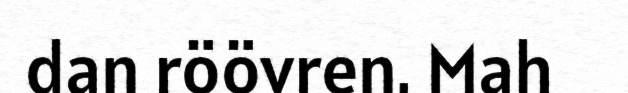
dan röövren. Mah